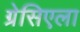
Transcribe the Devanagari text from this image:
ग्रेसिएला